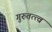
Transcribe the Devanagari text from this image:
गुरुतत्त्वं